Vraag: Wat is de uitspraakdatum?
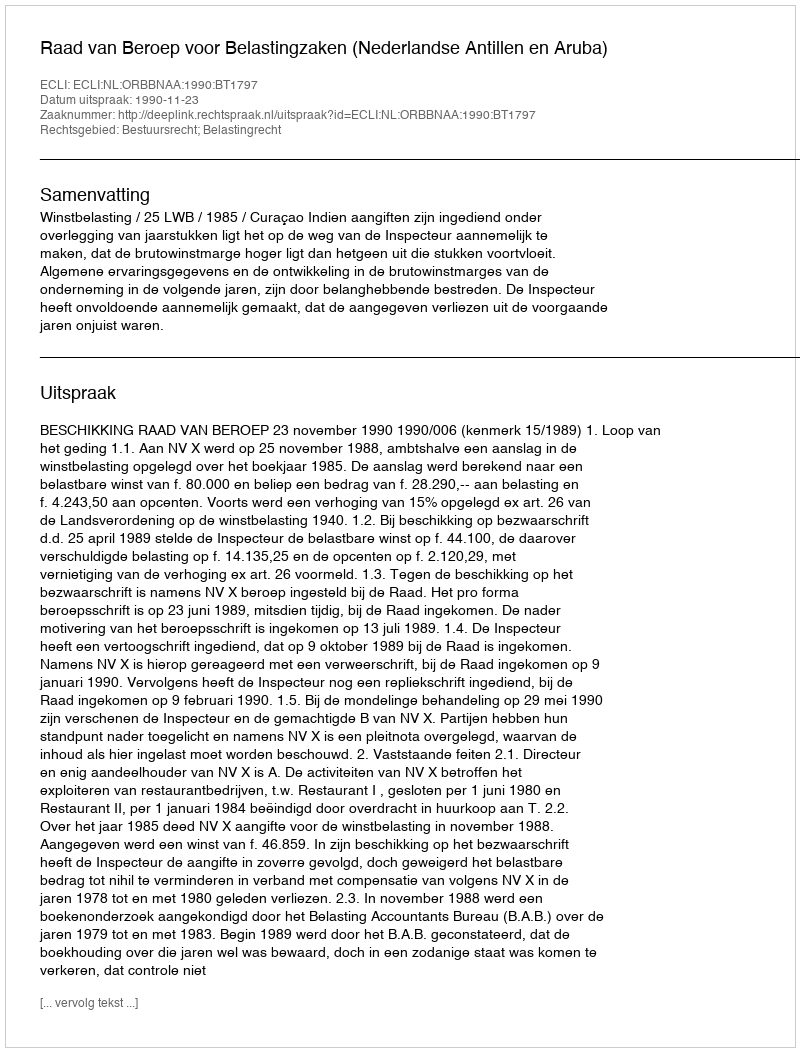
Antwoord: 1990-11-23